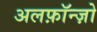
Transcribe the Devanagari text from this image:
अलफ़ॉन्ज़ो